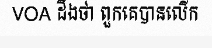
VOA ដឹងថា ពួកគេបានលើក